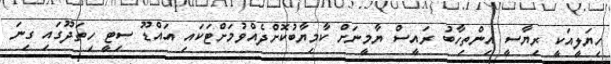
ހިޔަލީއަކީ ރިޔާސީ އިންތިހާބު ރައީސް ޔާމީނަށް ކާމިޔާބުކޮށްދެއްވުމަށްޓަކައި އައްޑޫ ސިޓީ ހިތަދޫގައި ގިނަ